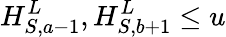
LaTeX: H_{S,a-1}^{L},H_{S,b+1}^{L}\leq u